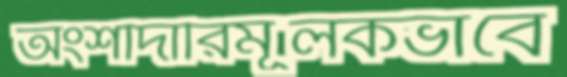
অংশীদারিমূলকভাবে